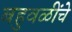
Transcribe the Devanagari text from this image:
बहुवळींचे